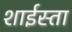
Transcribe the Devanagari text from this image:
शाईस्ता